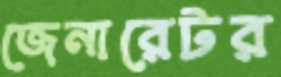
জেনারেটর